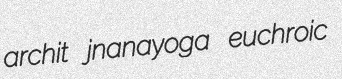
archit jnanayoga euchroic